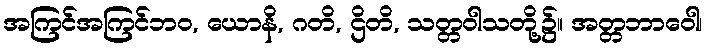
အကြင်အကြင်ဘဝ, ယောနိ, ဂတိ, ဌိတိ, သတ္တဝါသတို့၌။ အတ္တဘာဝေါ၊